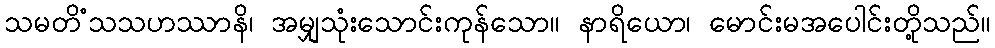
သမတိံသသဟဿာနိ၊ အမျှသုံးသောင်းကုန်သော။ နာရိယော၊ မောင်းမအပေါင်းတို့သည်။